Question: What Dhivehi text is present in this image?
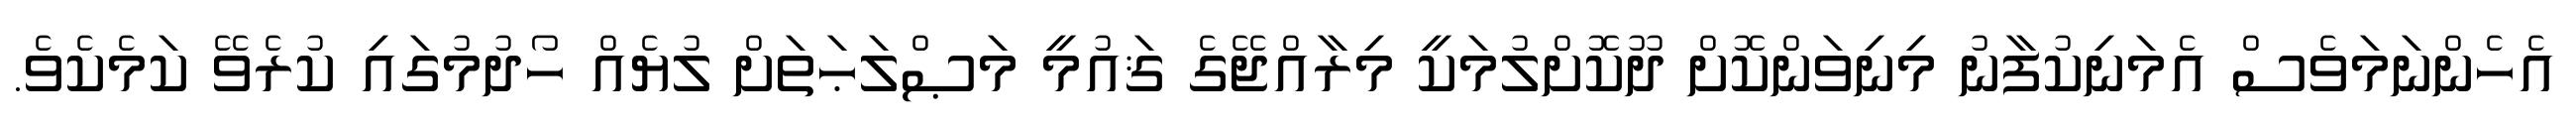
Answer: އެހެންނަމަވެސް އެމަނިކުފާނު މިނިވަންކޮށް ދޫކޮށްލުމަކީ މިރާއްޖޭގެ ޤައުމީ މަޞްލަޙަތަށް ލުޔެއް ހޯދުމުގައި ކުރެވޭ ކަމެކެވެ.